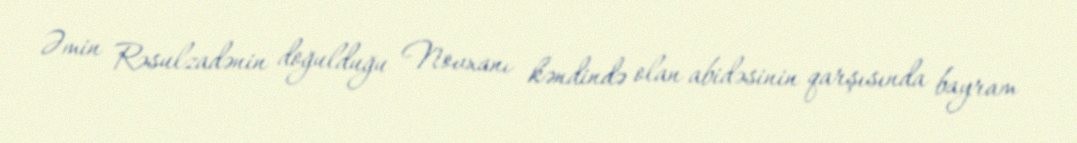
Əmin Rəsulzadənin doğulduğu Novxanı kəndində olan abidəsinin qarşısında bayram